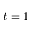
t = 1